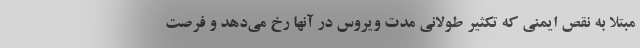
مبتلا به نقص ایمنی که تکثیر طولانی مدت ویروس در آنها رخ می‌دهد و فرصت